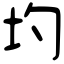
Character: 圴